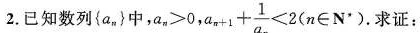
2.已知数列{a_{n|)中，$$a_{n|> 0$$,$$a_{n+1}+ \frac{1}{a_{n}}<2(n \in N^{*}$$ 。求证：